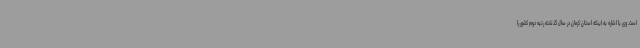
است. وی با اشاره به اینکه استان کرمان در سال گذشته رتبه دوم کشور را